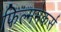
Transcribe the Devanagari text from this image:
फिल्ममेकर्स